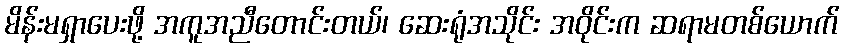
မိန်းမရှာပေးဖို့ အကူအညီတောင်းတယ်၊ ဆေးရုံအသိုင်း အဝိုင်းက ဆရာမတစ်ယောက်